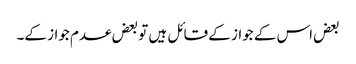
بعض اس کے جواز کے قائل ہیں تو بعض عدم جواز کے۔